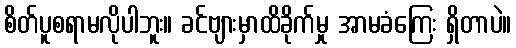
စိတ်ပူစရာမလိုပါဘူး။ ခင်ဗျားမှာထိခိုက်မှု အာမခံကြေး ရှိတာပဲ။